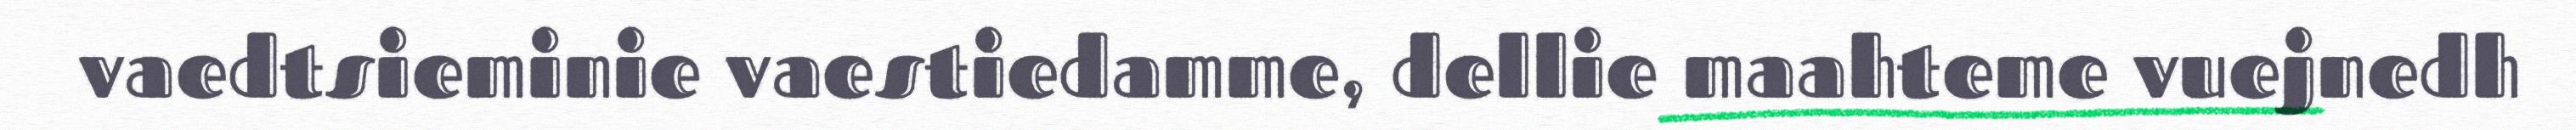
vaedtsieminie vaestiedamme, dellie maahteme vuejnedh